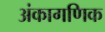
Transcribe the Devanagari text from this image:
अंकागणिक